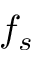
f _ { s }